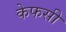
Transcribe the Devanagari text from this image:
केफसी